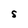
Character: S